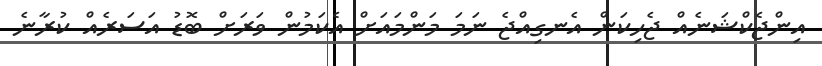
އިންޖެކްޝަނެއް ޖެހިކަން އެނގިއްޖެ ނަމަ މަންމައަށް އެކަމުން ވަރަށް ބޮޑު އަސަރެއް ކުރާނެ